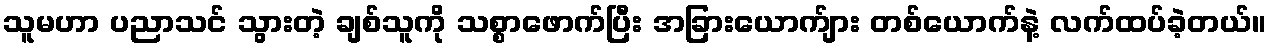
သူမဟာ ပညာသင် သွားတဲ့ ချစ်သူကို သစ္စာဖောက်ပြီး အခြားယောက်ျား တစ်ယောက်နဲ့ လက်ထပ်ခဲ့တယ်။